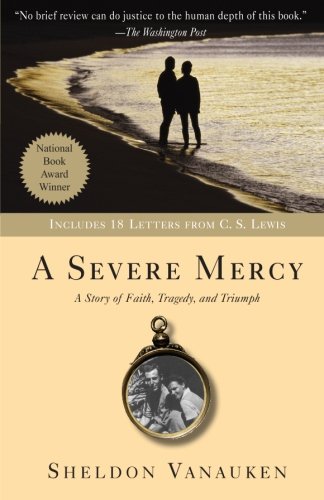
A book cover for A Severe Mercy; Sheldon Vanauken; Biographies & Memoirs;